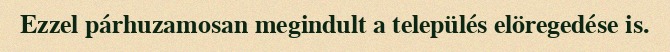
Ezzel párhuzamosan megindult a település elöregedése is.